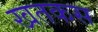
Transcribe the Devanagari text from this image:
खतकस